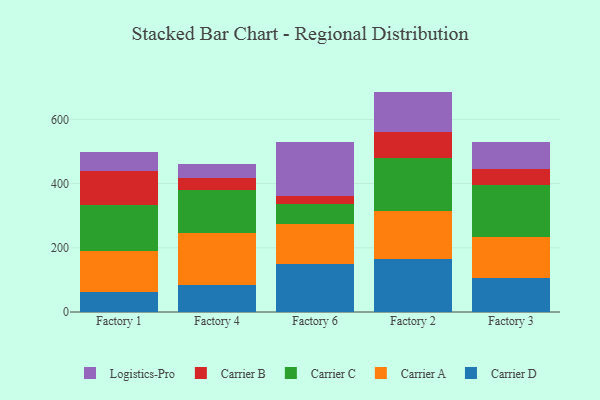
{"axis": {"x": "Factory", "y": "Market Share (%)"}, "legend": ["Carrier A", "Carrier B", "Carrier C", "Carrier D", "Logistics-Pro"], "data": [{"x": "Factory 1", "y": 61.8, "type": "Carrier D"}, {"x": "Factory 1", "y": 128.7, "type": "Carrier A"}, {"x": "Factory 1", "y": 143.3, "type": "Carrier C"}, {"x": "Factory 1", "y": 107.0, "type": "Carrier B"}, {"x": "Factory 1", "y": 56.6, "type": "Logistics-Pro"}, {"x": "Factory 4", "y": 83.1, "type": "Carrier D"}, {"x": "Factory 4", "y": 161.9, "type": "Carrier A"}, {"x": "Factory 4", "y": 134.6, "type": "Carrier C"}, {"x": "Factory 4", "y": 39.0, "type": "Carrier B"}, {"x": "Factory 4", "y": 43.9, "type": "Logistics-Pro"}, {"x": "Factory 6", "y": 148.3, "type": "Carrier D"}, {"x": "Factory 6", "y": 126.3, "type": "Carrier A"}, {"x": "Factory 6", "y": 61.2, "type": "Carrier C"}, {"x": "Factory 6", "y": 24.9, "type": "Carrier B"}, {"x": "Factory 6", "y": 167.4, "type": "Logistics-Pro"}, {"x": "Factory 2", "y": 165.1, "type": "Carrier D"}, {"x": "Factory 2", "y": 148.1, "type": "Carrier A"}, {"x": "Factory 2", "y": 165.9, "type": "Carrier C"}, {"x": "Factory 2", "y": 81.6, "type": "Carrier B"}, {"x": "Factory 2", "y": 125.9, "type": "Logistics-Pro"}, {"x": "Factory 3", "y": 106.5, "type": "Carrier D"}, {"x": "Factory 3", "y": 126.7, "type": "Carrier A"}, {"x": "Factory 3", "y": 162.2, "type": "Carrier C"}, {"x": "Factory 3", "y": 49.0, "type": "Carrier B"}, {"x": "Factory 3", "y": 84.1, "type": "Logistics-Pro"}]}